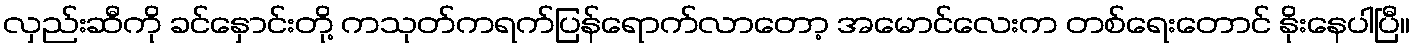
လှည်းဆီကို ခင်နှောင်းတို့ ကသုတ်ကရက်ပြန်ရောက်လာတော့ အမောင်လေးက တစ်ရေးတောင် နိုးနေပါပြီ။